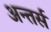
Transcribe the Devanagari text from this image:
अन्तर्स